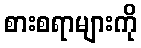
စားစရာများကို